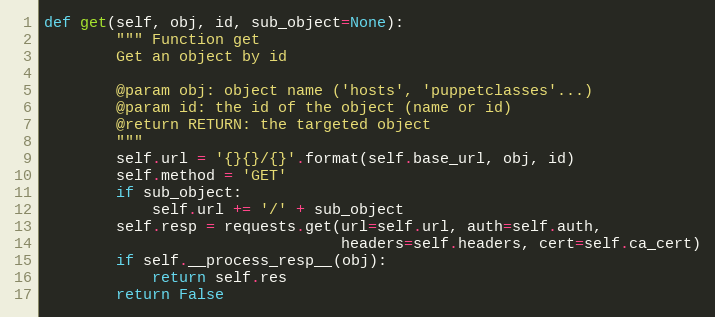
Language: Python
def get(self, obj, id, sub_object=None):
        """ Function get
        Get an object by id

        @param obj: object name ('hosts', 'puppetclasses'...)
        @param id: the id of the object (name or id)
        @return RETURN: the targeted object
        """
        self.url = '{}{}/{}'.format(self.base_url, obj, id)
        self.method = 'GET'
        if sub_object:
            self.url += '/' + sub_object
        self.resp = requests.get(url=self.url, auth=self.auth,
                                 headers=self.headers, cert=self.ca_cert)
        if self.__process_resp__(obj):
            return self.res
        return False